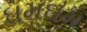
ઘમઘમ